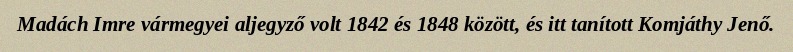
Madách Imre vármegyei aljegyző volt 1842 és 1848 között, és itt tanított Komjáthy Jenő.